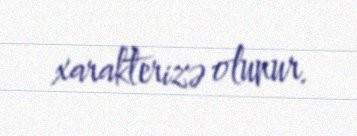
xarakterizə olunur.